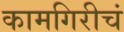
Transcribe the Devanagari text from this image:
कामगिरीचं